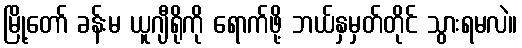
မြို့တော် ခန်းမ ယူဂျီရိုကို ရောက်ဖို့ ဘယ်နှမှတ်တိုင် သွားရမလဲ။